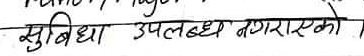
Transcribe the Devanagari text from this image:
सुबिधा उपलब्ध नगराएको